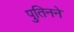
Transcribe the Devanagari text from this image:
पुतिनने